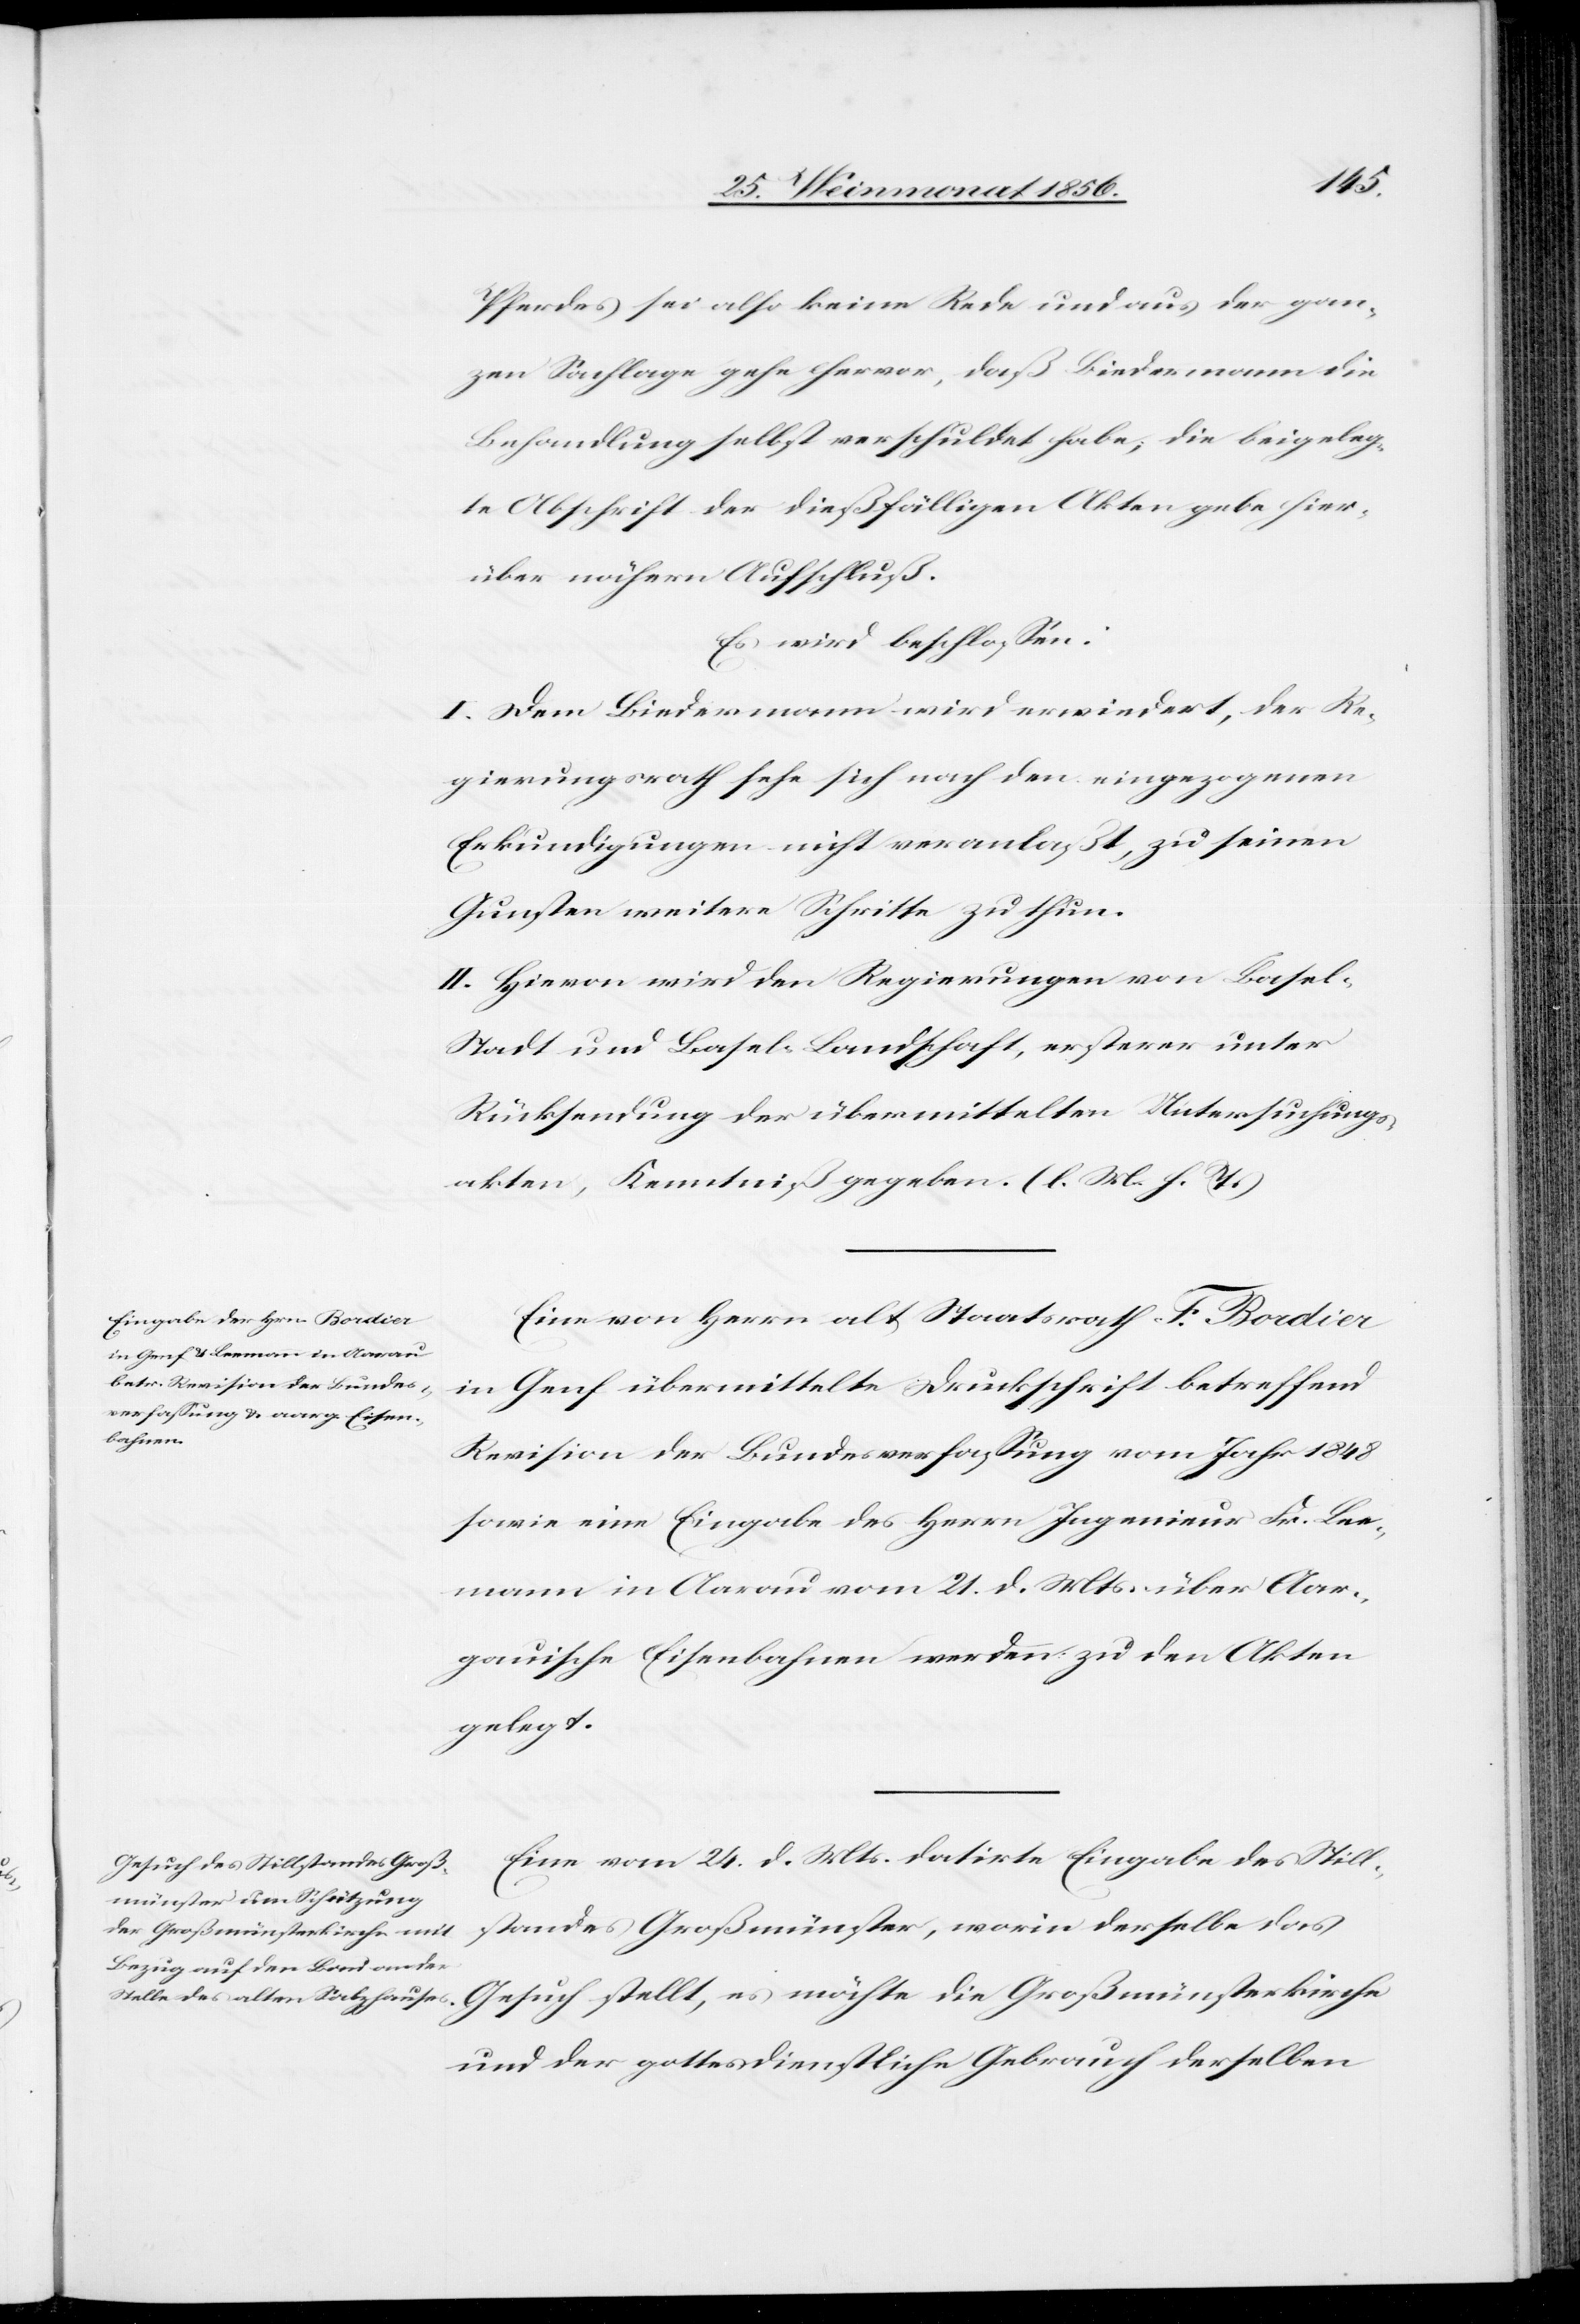
Pferdes sei also keine Rede und aus der gan¬
zen Sachlage gehe hervor, daß Biedermann die
Behandlung selbst verschuldet habe; die beigeleg¬
te Abschrift der dießfälligen Akten gebe hier¬
über nähern Aufschluß.
Es wird beschlossen:
I. Dem Biedermann wird erwiedert, der Re¬
gierungsrath sehe sich nach den eingezogenen
Erkundigungen nicht veranlaßt, zu seinen
Gunsten weitere Schritte zu thun.
II. Hievon wird den Regierungen von Basel-S¬
tadt und Basel-Landschaft, ersterer unter
Rücksendung der übermittelten Untersuchungs¬
akten, Kenntniß gegeben. (l. M. h. T.)
Eine von Herrn alt Staatsrath F. Bordier
in Genf übermittelte Druckschrift betreffend
Revision der Bundesverfassung vom Jahr 1848
sowie eine Eingabe des Herrn Ingenieur Fr. Lee¬
mann in Aarau vom 21. d. Mts. über Aar¬
gauische Eisenbahnen werden zu den Akten
gelegt.
Eine vom 24. d. Mts. datirte Eingabe des Still¬
standes Großmünster, worin derselbe das
und der gottesdienstliche Gebrauch derselben